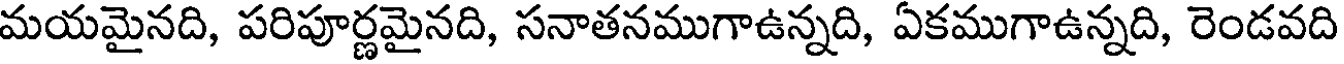
మయమైనది, పరిపూర్ణమైనది, సనాతనముగాఉన్నది, ఏకముగాఉన్నది, రెండవది